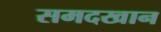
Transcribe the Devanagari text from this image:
समदखान